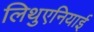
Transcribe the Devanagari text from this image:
लिथुएनियाई